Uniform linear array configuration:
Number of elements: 8
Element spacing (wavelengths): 0.75
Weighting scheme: hann
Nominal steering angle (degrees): -15
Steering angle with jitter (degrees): -16.753
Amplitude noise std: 0.05
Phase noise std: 0.05

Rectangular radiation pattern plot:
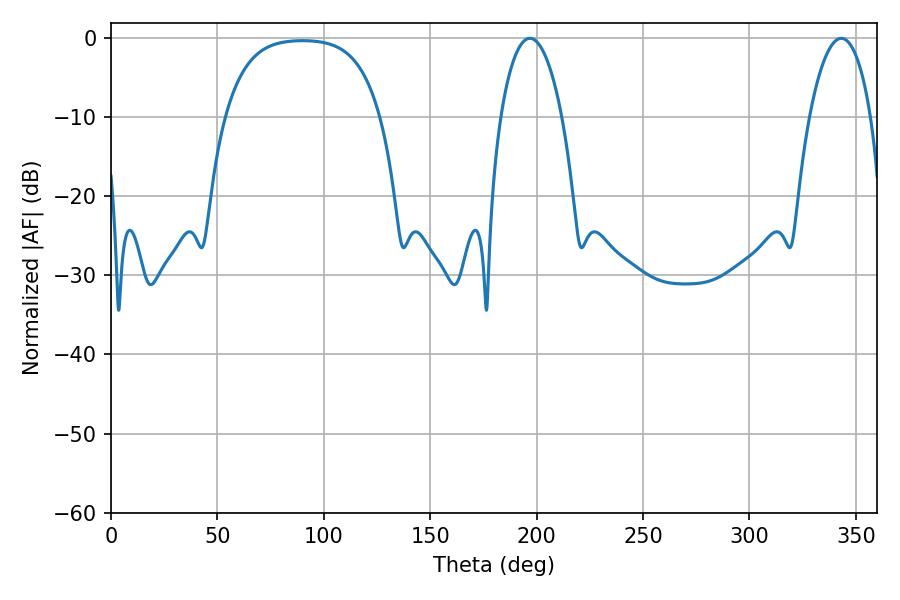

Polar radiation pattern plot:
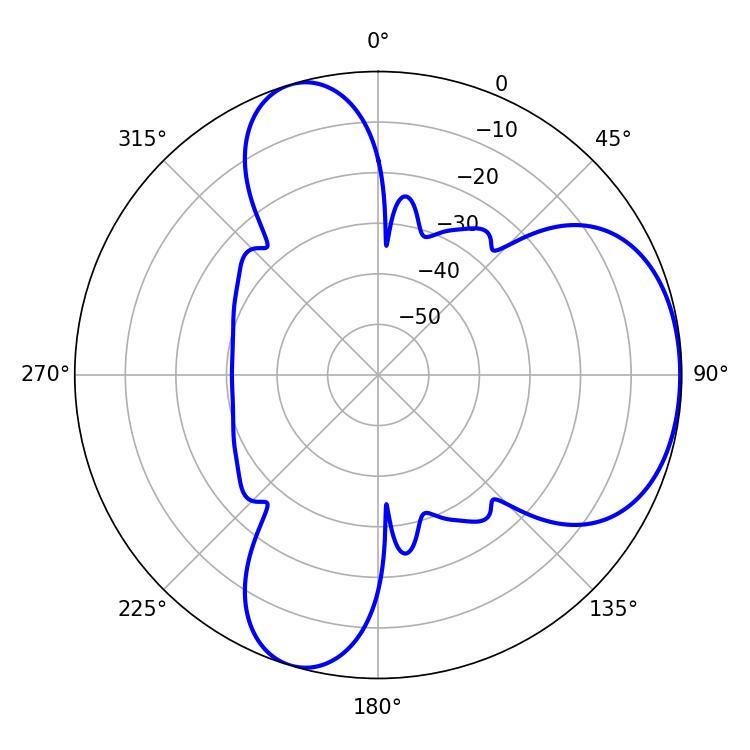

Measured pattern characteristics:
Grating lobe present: TRUE
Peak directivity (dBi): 5.156
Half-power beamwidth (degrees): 16.2
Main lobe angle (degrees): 343.08